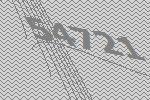
54721